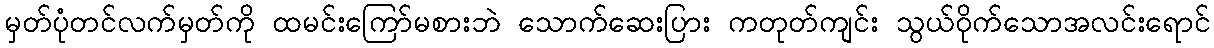
မှတ်ပုံတင်လက်မှတ်ကို ထမင်းကြော်မစားဘဲ သောက်ဆေးပြား ကတုတ်ကျင်း သွယ်ဝိုက်သောအလင်းရောင်